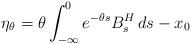
LaTeX: \begin{align*}\eta_\theta=\theta\int_{-\infty}^0 e^{-\theta s}B^H_s\,ds-x_0\end{align*}